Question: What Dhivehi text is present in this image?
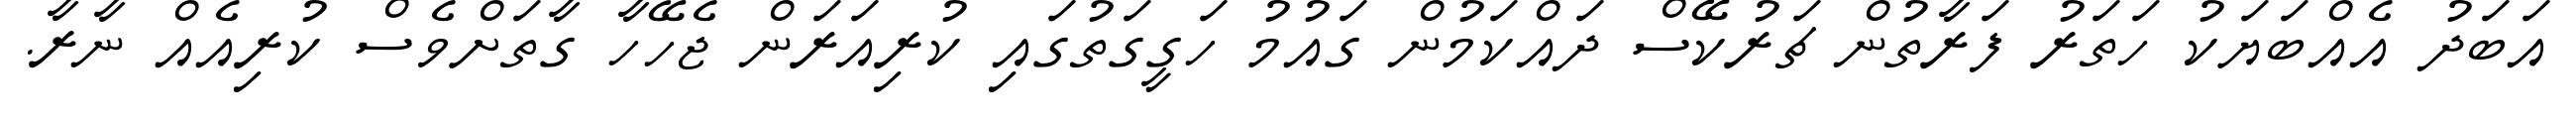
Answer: އަބަދު އެއްބަޔަކު ހަތަރު ފަރާތުން ޗަރުކޭސް ދައްކަމުން ގައުމު ހަގީގަތުގައި ކުރިއަރަން ޖެހޭހާ ގާތަށްވެސް ކުރިއެއް ނާރާ.